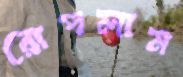
রোপলাম